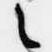
之